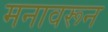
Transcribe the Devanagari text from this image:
मनावरून